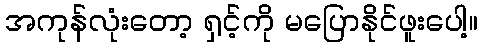
အကုန်လုံးတော့ ရှင့်ကို မပြောနိုင်ဖူးပေါ့။